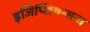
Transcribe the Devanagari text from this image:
इजिप्शियन्सना